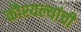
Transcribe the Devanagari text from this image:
कौश्यल्यांची